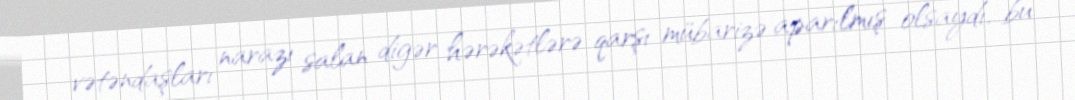
vətəndaşları narazı salan digər hərəkətlərə qarşı mübarizə aparılmış olsaydı, bu